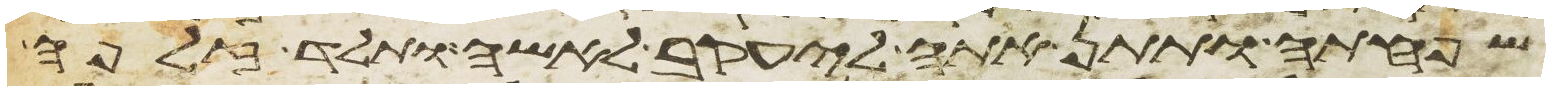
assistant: שפחתה ותתן אתה ליעקב לאשה ותלד זלפה